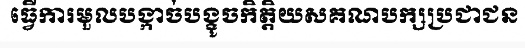
ធ្វើការមួលបង្កាច់បង្ខូចកិត្តិយសគណបក្សប្រជាជន